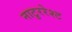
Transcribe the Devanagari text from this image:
नाटुररेश्ट